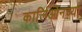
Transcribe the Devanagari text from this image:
कार्लिओनच्या